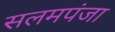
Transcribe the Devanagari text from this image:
सलमपंजा